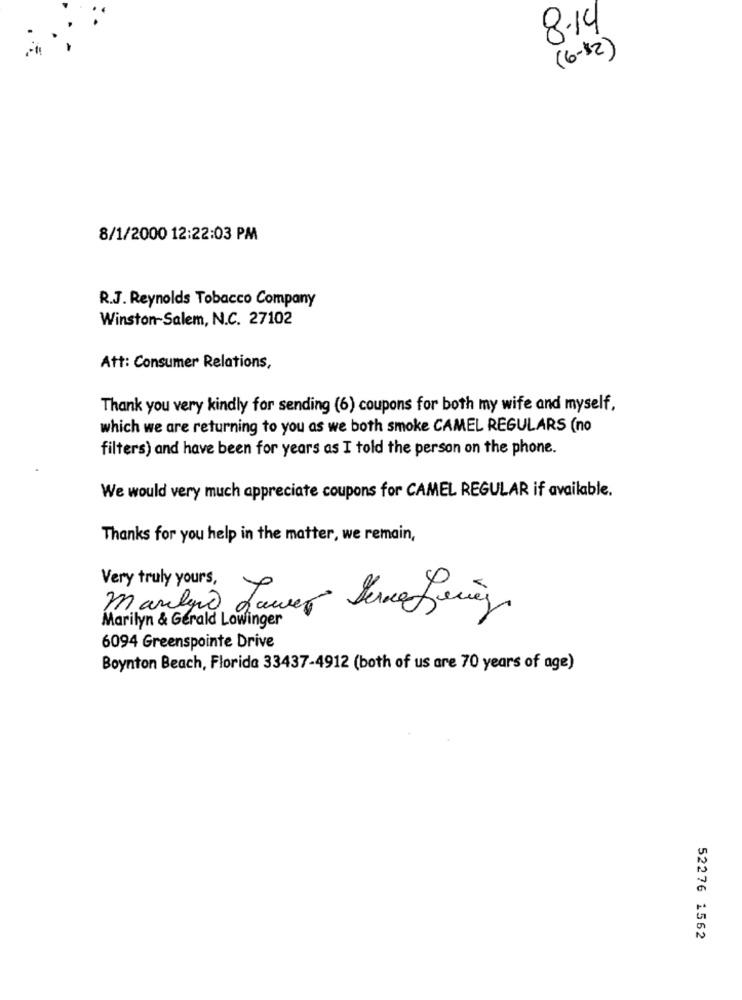
8-14
( 6- 12 )
8/1/2000 12:22:03 PM
R.J. Reynolds Tobacco Company
Winston-Salem, N.C. 27102
Att: Consumer Relations,
Thank you very kindly for sending (6) coupons for both my wife and myself,
which we are returning to you as we both smoke CAMEL REGULARS (no
filters) and have been for years as I told the person on the phone.
We would very much appreciate coupons for CAMEL REGULAR if available.
Thanks for you help in the matter, we remain,
Very truly yours,
Marilyn & Gerald Lowinger
6094 Greenspointe Drive
Boynton Beach, Florida 33437-4912 (both of us are 70 years of age)
52276 1562